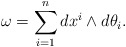
\begin{align*}\omega=\sum_{i=1}^n dx^i\wedge d\theta_i.\end{align*}